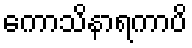
ကောသိနာရကာပိ